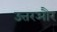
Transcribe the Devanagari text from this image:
उत्तरऔर